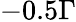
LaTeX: -0.5\Gamma